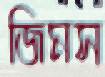
জিমস